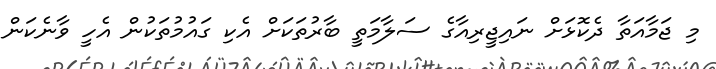
މި ޖަމާއަތާ ދެކޮޅަށް ނައިޖީރިއާގެ ސަލާމަތީ ބާރުތަކަށް އެކި ގައުމުތަކުން އެހީ ވާނެކަން